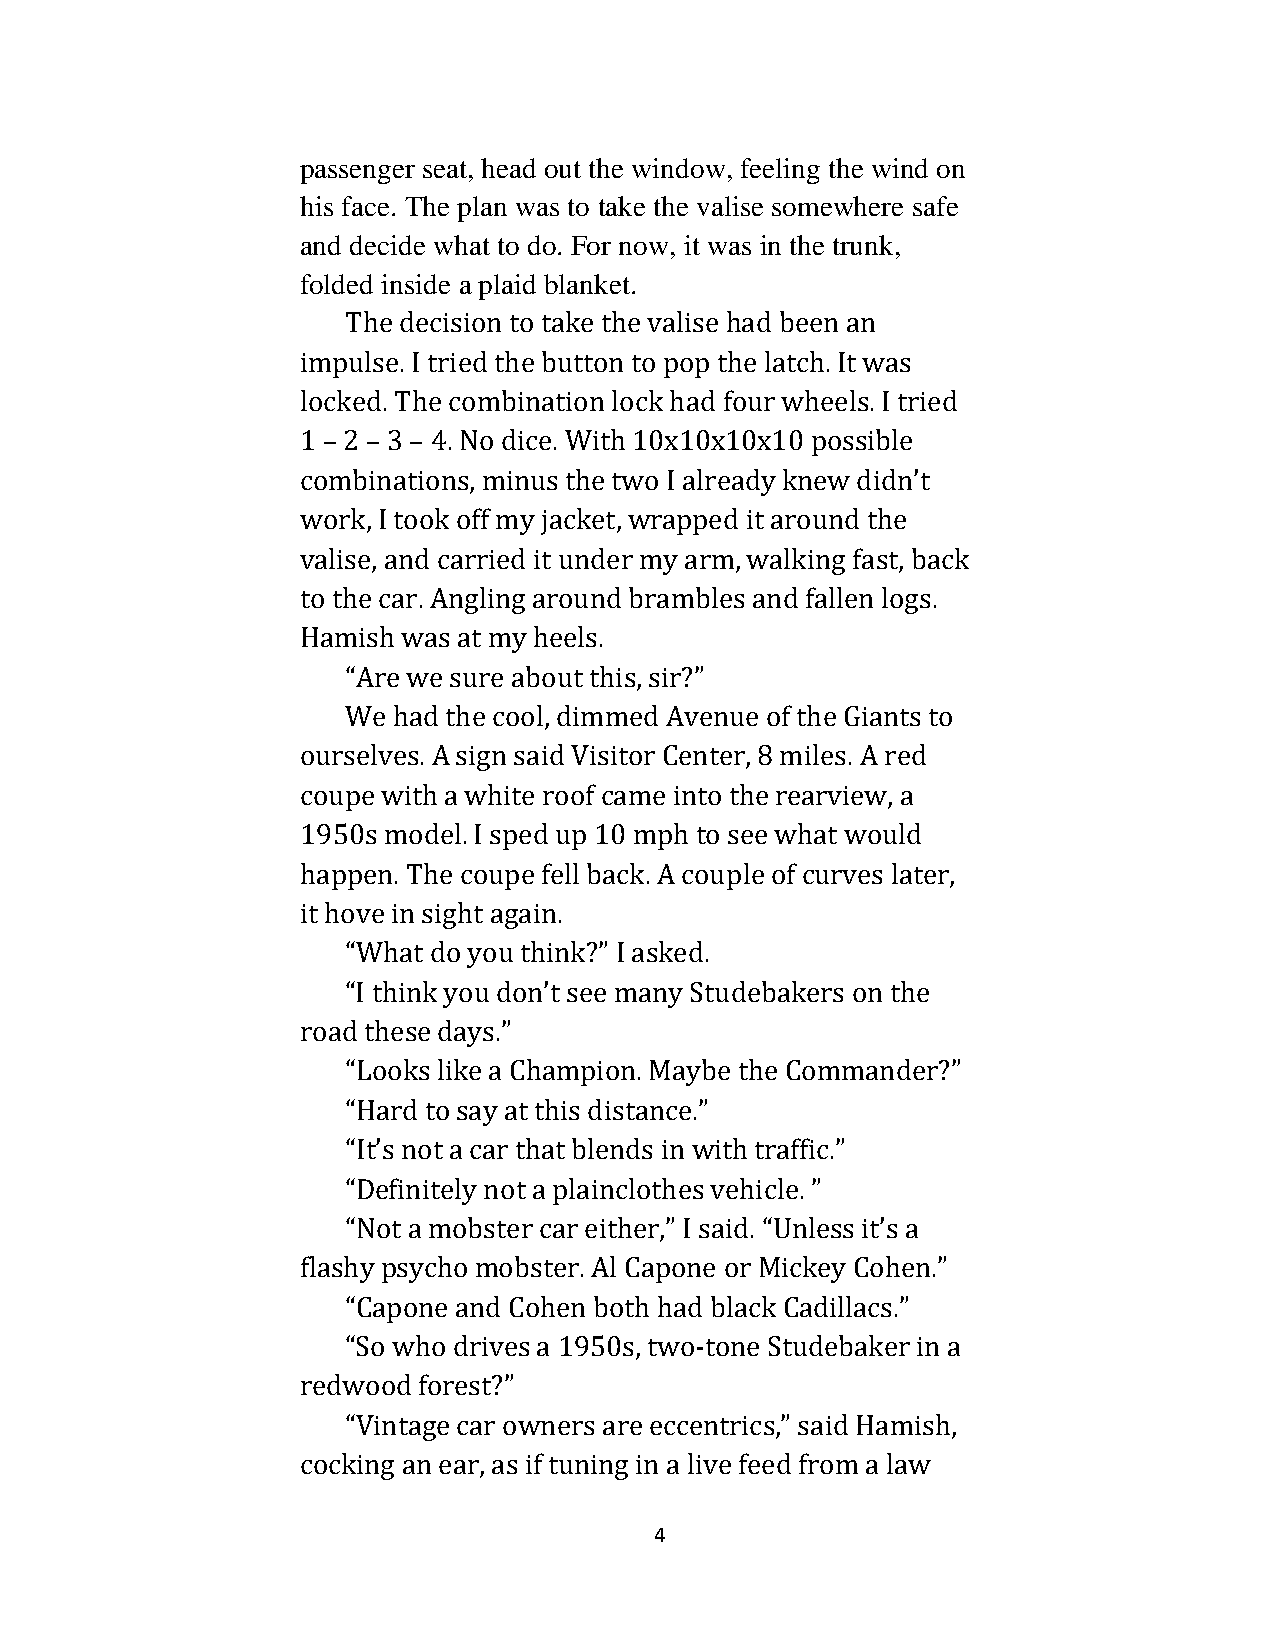
passenger seat, head out the window, feeling the wind on
 his face. The plan was to take the valise somewhere safe
 and decide what to do. For now, it was in the trunk,
 folded inside a plaid blanket.
 The decision to take the valise had been an
 impulse. I tried the button to pop the latch. It was
 locked. The combination lock had four wheels. I tried
 1 – 2 – 3 – 4. No dice. With 10x10x10x10 possible
 combinations, minus the two I already knew didn’t
 work, I took off my jacket, wrapped it around the
 valise, and carried it under my arm, walking fast, back
 to the car. Angling around brambles and fallen logs.
 Hamish was at my heels.
 “Are we sure about this, sir?”
 We had the cool, dimmed Avenue of the Giants to
 ourselves. A sign said Visitor Center, 8 miles. A red
 coupe with a white roof came into the rearview, a
 1950s model. I sped up 10 mph to see what would
 happen. The coupe fell back. A couple of curves later,
 it hove in sight again.
 “What do you think?” I asked.
 “I think you don’t see many Studebakers on the
 road these days.”
 “Looks like a Champion. Maybe the Commander?”
 “Hard to say at this distance.”
 “It’s not a car that blends in with traffic.”
 “Definitely not a plainclothes vehicle. ”
 “Not a mobster car either,” I said. “Unless it’s a
 flashy psycho mobster. Al Capone or Mickey Cohen.”
 “Capone and Cohen both had black Cadillacs.”
 “So who drives a 1950s, two-tone Studebaker in a
 redwood forest?”
 “Vintage car owners are eccentrics,” said Hamish,
 cocking an ear, as if tuning in a live feed from a law
 4